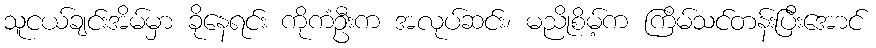
သူငယ်ချင်းအိမ်မှာ ခိုနေရင်း ကိုကံဦးက အလုပ်ဆင်း၊ မညိုစိမ့်က ကြိမ်သင်တန်းပြီးအောင်